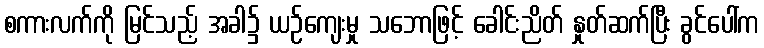
စကားလက်ကို မြင်သည့် အခါ၌ ယဉ်ကျေးမှု သဘောဖြင့် ခေါင်းညိတ် နှုတ်ဆက်ပြီး ခွင်ပေါ်က